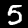
Label: 5